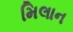
મિલાન